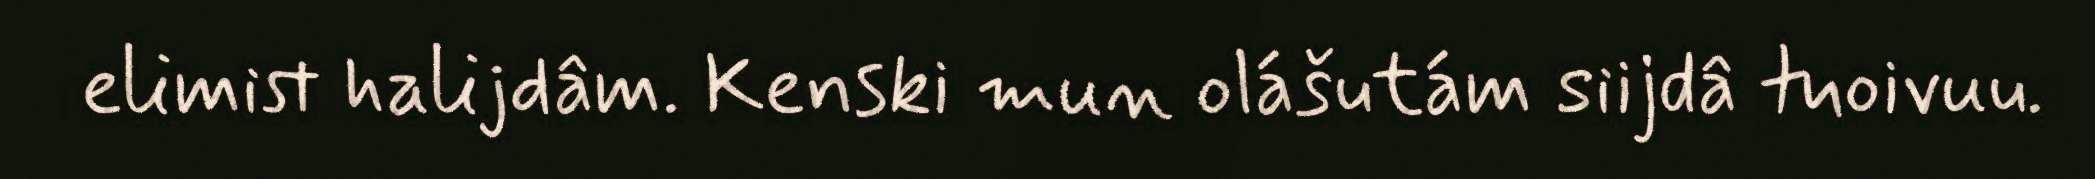
elimist halijdâm. Kenski mun olášutám siijdâ tuoivuu.